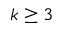
k \geq 3